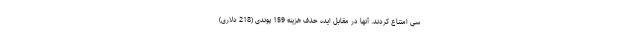
سی امتناع کردند. آنها در مقابل ایده حذف هزینه 159 پوندی (218 دلاری)